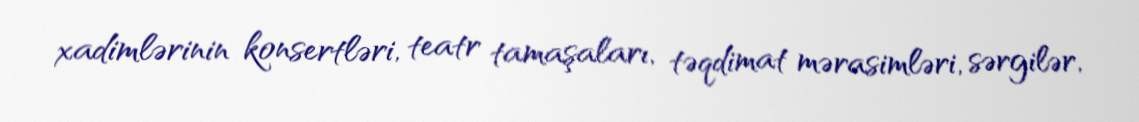
xadimlərinin konsertləri, teatr tamaşaları, təqdimat mərasimləri, sərgilər,